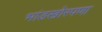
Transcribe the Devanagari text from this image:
भांडखोरपणा